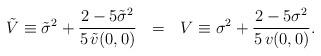
LaTeX: \begin{align*}\tilde V\equiv\tilde\sigma^2+\frac{2-5\tilde\sigma^2}{5\,\tilde v(0,0)}\ \ =\ \ V\equiv\sigma^2+\frac{2-5\sigma^2}{5\,v(0,0)}.\end{align*}